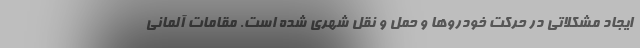
ایجاد مشکلاتی در حرکت خودروها و حمل و نقل شهری شده است. مقامات آلمانی